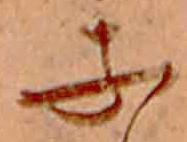
子